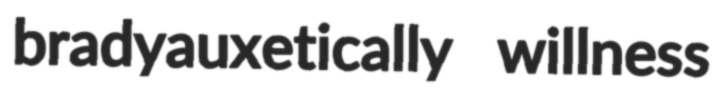
bradyauxetically willness